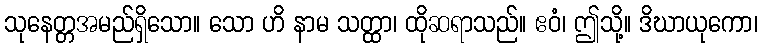
သုနေတ္တအမည်ရှိသော။ သော ဟိ နာမ သတ္ထာ၊ ထိုဆရာသည်။ ဧဝံ၊ ဤသို့။ ဒိဃာယုကော၊